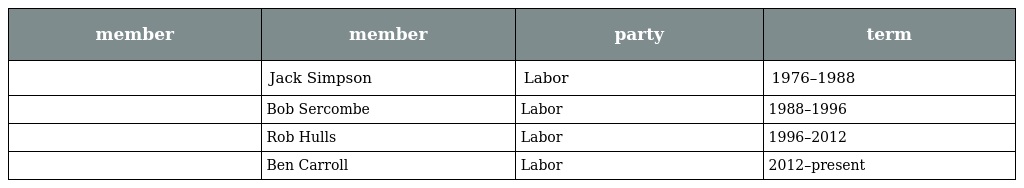
| member | member | party | term |
 | --- | --- | --- | --- |
 |  | Jack Simpson | Labor | 1976–1988 |
 |  | Bob Sercombe | Labor | 1988–1996 |
 |  | Rob Hulls | Labor | 1996–2012 |
 |  | Ben Carroll | Labor | 2012–present |